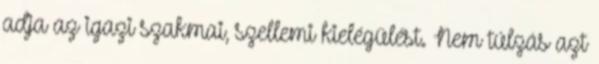
adja az igazi szakmai, szellemi kielégülést. Nem túlzás azt